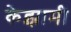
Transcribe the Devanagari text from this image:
केझामी